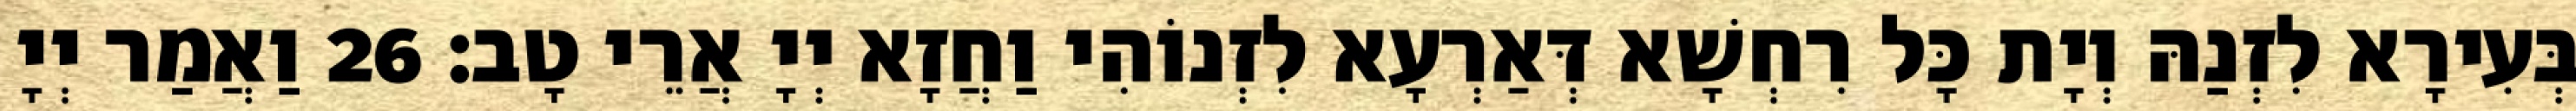
בְּעִירָא לִזְנַהּ וְיָת כָּל רִחְשָׁא דְּאַרְעָא לִזְנוֹהִי וַחֲזָא יְיָ אֲרֵי טָב׃ 26 וַאֲמַר יְיָ